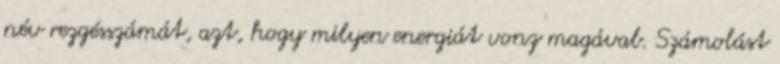
név rezgésszámát, azt, hogy milyen energiát vonz magával. Számolást